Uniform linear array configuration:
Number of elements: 48
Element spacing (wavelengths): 0.5
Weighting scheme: kaiser
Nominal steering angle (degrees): -30
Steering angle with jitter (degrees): -28.515
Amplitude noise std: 0.05
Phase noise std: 0.05

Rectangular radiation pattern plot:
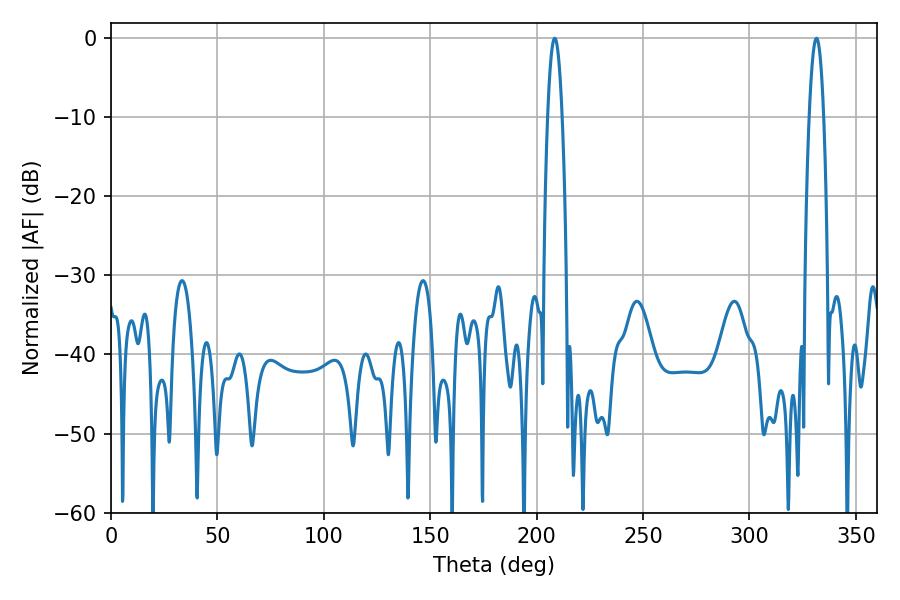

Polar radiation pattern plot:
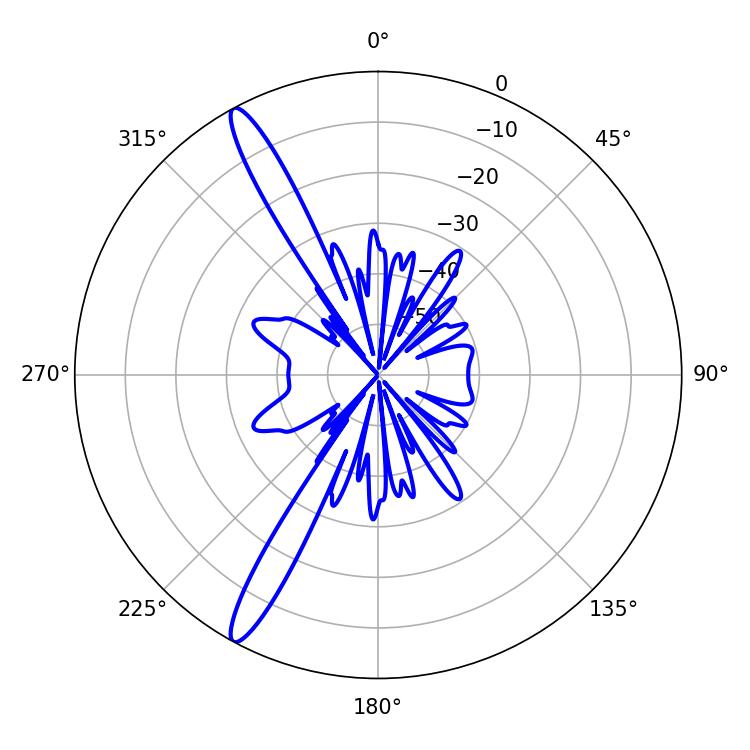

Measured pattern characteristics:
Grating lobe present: FALSE
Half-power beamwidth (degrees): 3.78
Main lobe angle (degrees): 208.44